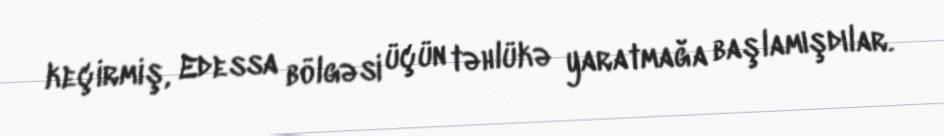
keçirmiş, Edessa bölgəsi üçün təhlükə yaratmağa başlamışdılar.